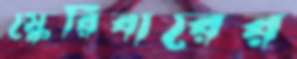
স্কেরিবারের